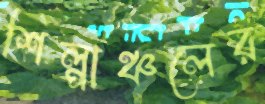
শিল্পাঞ্চলের